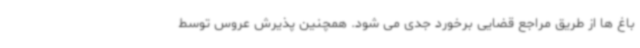
باغ ها از طریق مراجع قضایی برخورد جدی می شود. همچنین پذیرش عروس توسط